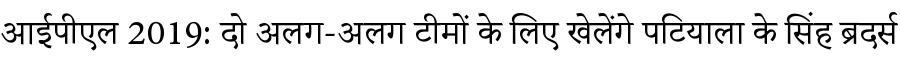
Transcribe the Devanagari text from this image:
आईपीएल 2019: दो अलग-अलग टीमों के लिए खेलेंगे पटियाला के सिंह ब्रदर्स